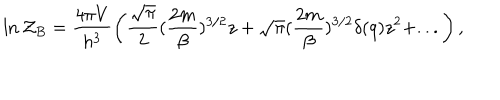
\ln { \cal Z } _ { B } = \frac { 4 \pi V } { h ^ { 3 } } \left( \frac { \sqrt { \pi } } { 2 } ( \frac { 2 m } { \beta } ) ^ { 3 / 2 } z + \sqrt { \pi } ( \frac { 2 m } { \beta } ) ^ { 3 / 2 } \delta ( q ) z ^ { 2 } + . . . \right) ,